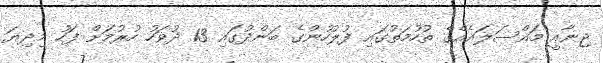
ޖިނާއީ މައްސަލައެއްގެ ތުހުމަތުގައި ފުލުހުންގެ ބަންދުގައި 13 ދުވަހު ހުރުމަށް ފަހު މިދިޔަ